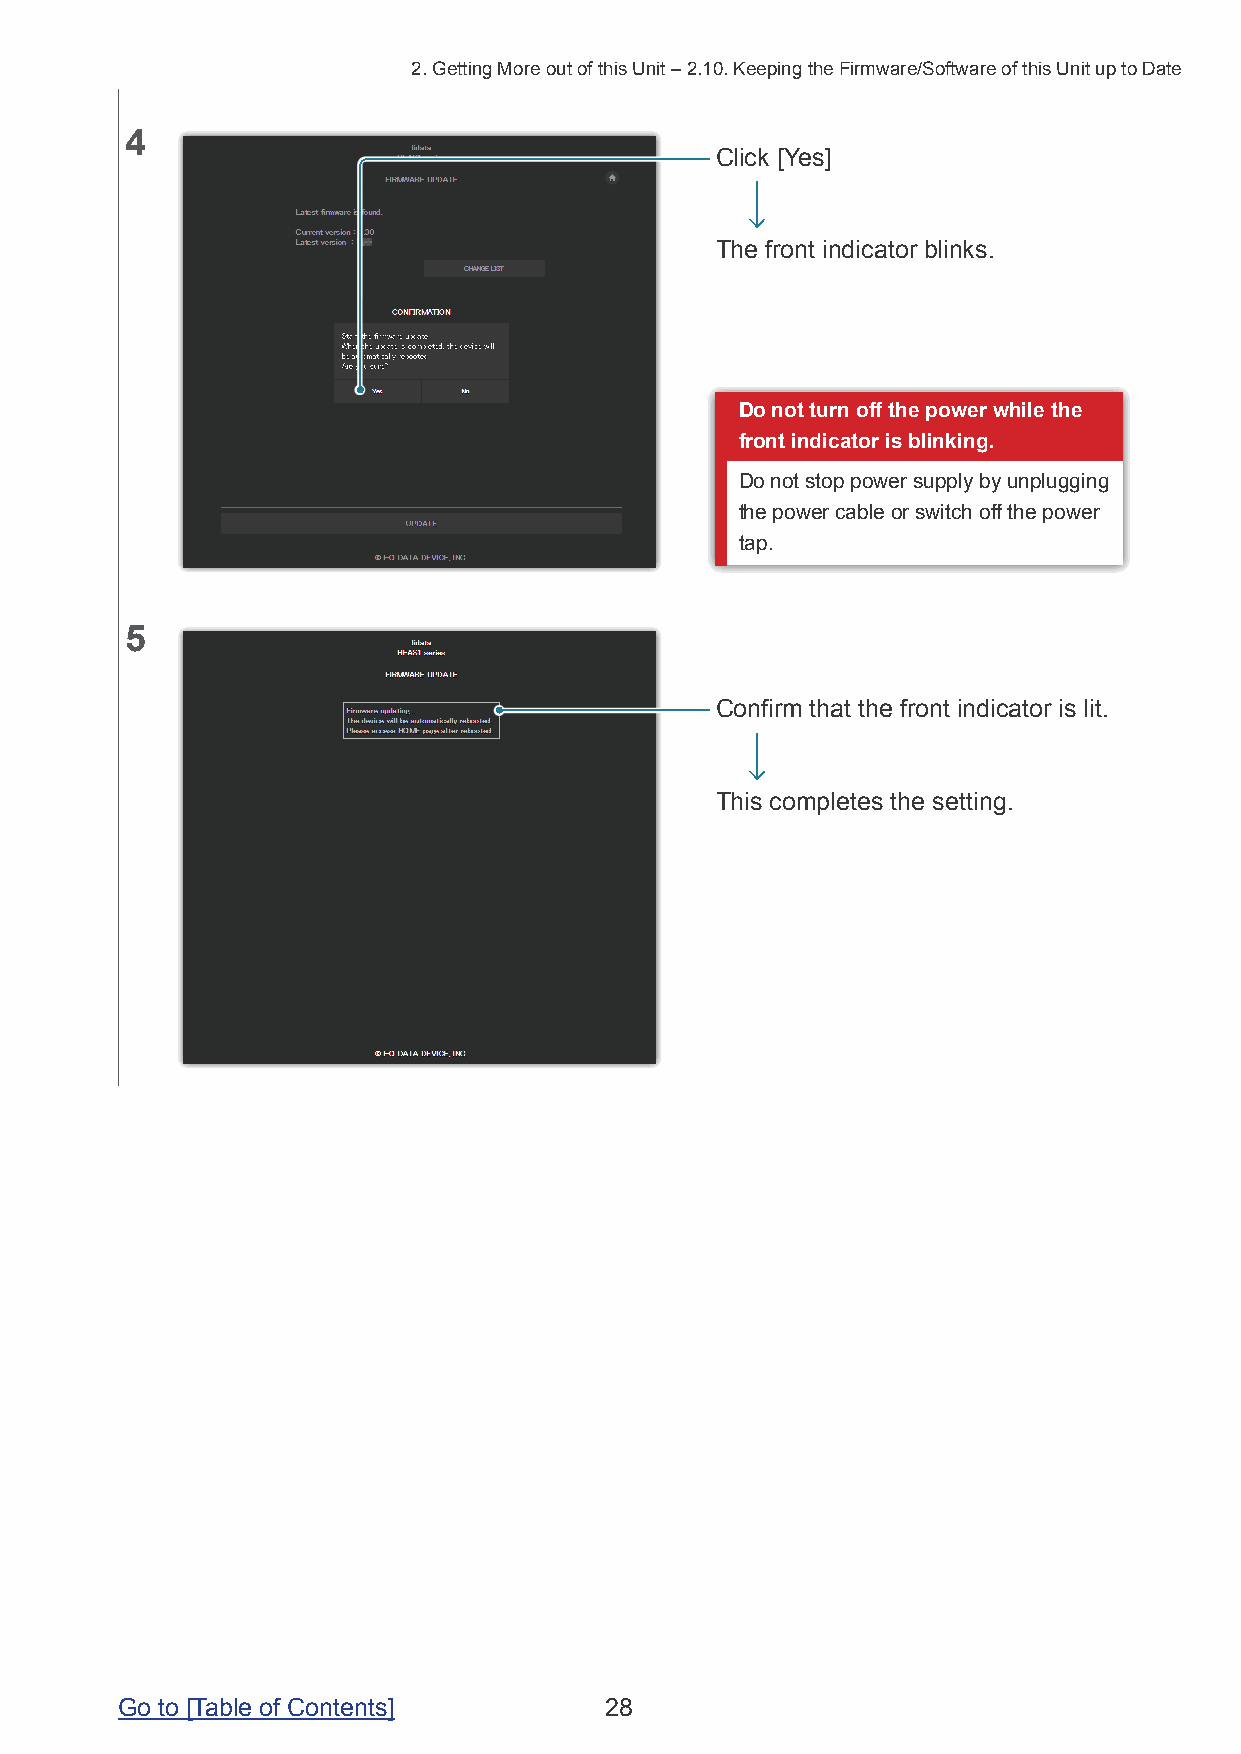
2. Getting More out of this Unit – 2.10. Keeping the Firmware/Software of this Unit up to Date
 4
 Click [Yes]
 The front indicator blinks.
 Do not turn off the power while the
 front indicator is blinking.
 Do not stop power supply by unplugging
 the power cable or switch off the power
 tap.
 5
 Confirm that the front indicator is lit.
 This completes the setting.
 Go to [Table of Contents]       28